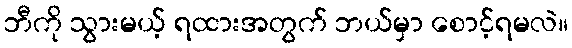
ဘီကို သွားမယ့် ရထားအတွက် ဘယ်မှာ စောင့်ရမလဲ။